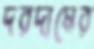
দরদামের